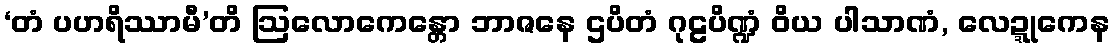
‘တံ ပဟရိဿာမီ’တိ ဩလောကေန္တော ဘာဇနေ ဌပိတံ ဂုဠပိဏ္ဍံ ဝိယ ပါသာဏံ, လေဍ္ဍုကေန